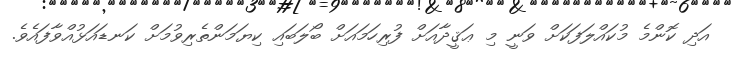
އަދި ކޮންމެ މުކައްލަފަކަށް ވަނީ މި ޢަޤީދާއަށް ފުރިހަމައަށް ބޯލަބައި ކިޔަމަންތެރިވުމަށް ކަނޑައަޅުއްވާފައެވެ.